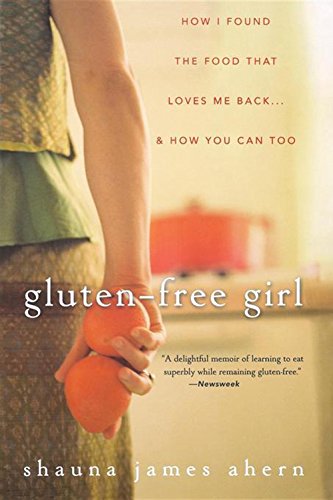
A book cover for Gluten-Free Girl: How I Found the Food That Loves Me Back...And How You Can Too; Shauna James Ahern; Cookbooks, Food & Wine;